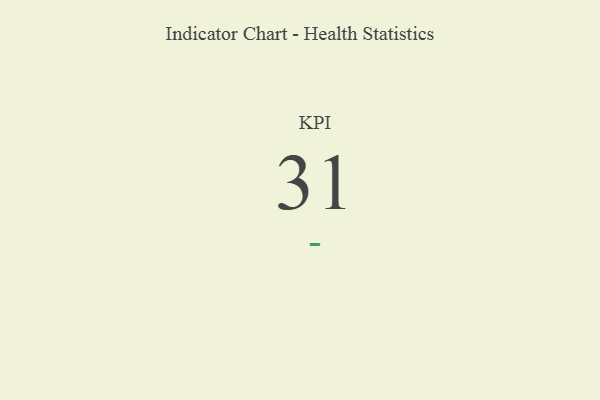
{"axis": {"x": "KPI", "y": "Value"}, "legend": [""], "data": [{"x": "KPI", "y": 31, "type": ""}]}